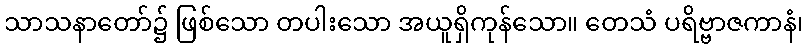
သာသနာတော်၌ ဖြစ်သော တပါးသော အယူရှိကုန်သော။ တေသံ ပရိဗ္ဗာဇကာနံ၊